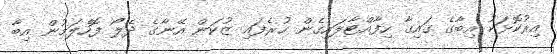
އިރުކޮޅަކު އިބާގެ ގައިގާ ހިފާއްޓާލައިގެން ހުރެފައި ޒުކަން އޭނާގެ ދެލޯ ފޮހެލަމުން އިބާ